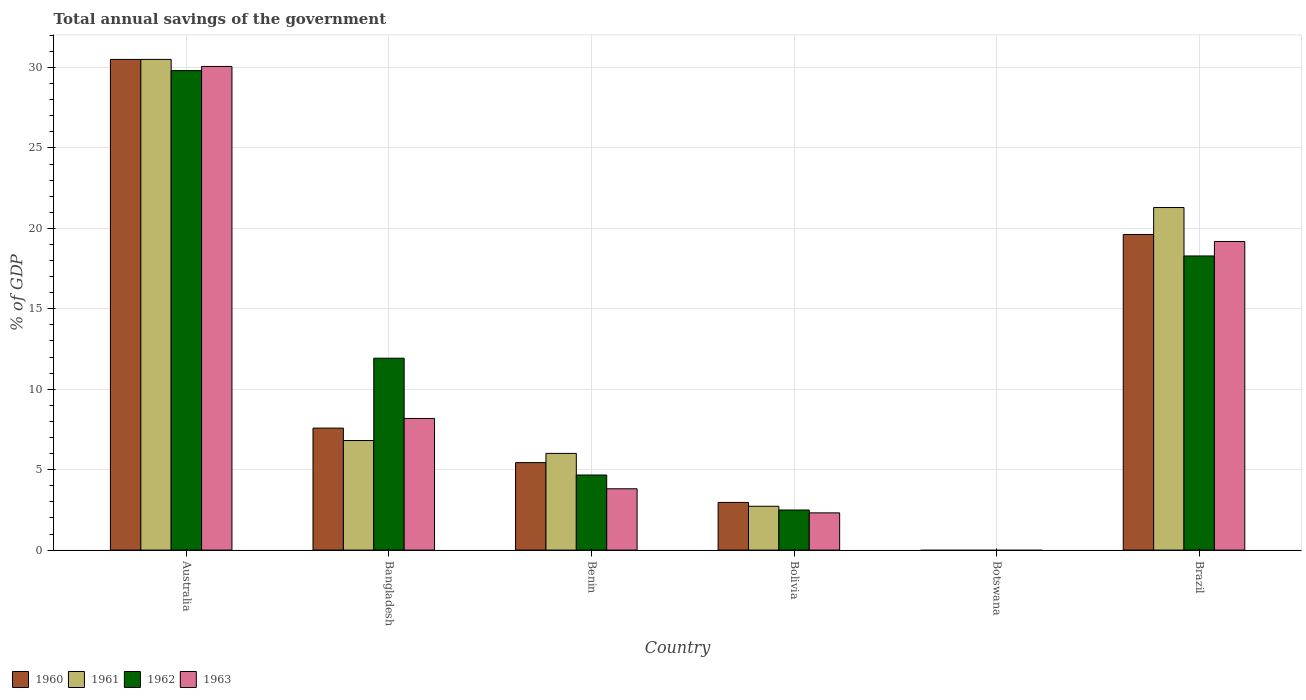
| Country | 1960 | 1961 | 1962 | 1963 |
 | --- | --- | --- | --- | --- |
 | Australia | 30.5 | 30.5 | 29.8 | 30.1 |
 | Bangladesh | 7.58 | 6.81 | 11.9 | 8.18 |
 | Benin | 5.44 | 6.01 | 4.67 | 3.81 |
 | Bolivia | 2.96 | 2.73 | 2.49 | 2.32 |
 | Botswana | -7.35 | -7.91 | -8.11 | -8.54 |
 | Brazil | 19.6 | 21.3 | 18.3 | 19.2 |